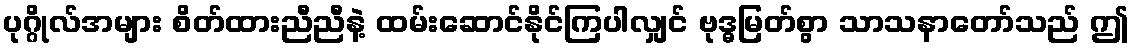
ပုဂ္ဂိုလ်အများ စိတ်ထားညီညီနဲ့ ထမ်းဆောင်နိုင်ကြပါလျှင် ဗုဒ္ဓမြတ်စွာ သာသနာတော်သည် ဤ